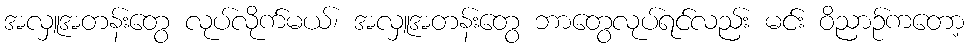
အလှူအတန်းတွေ လုပ်လိုက်မယ်၊ အလှူအတန်းတွေ ဘာတွေလုပ်ရင်လည်း မင်း ဝိညာဉ်ကတော့